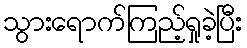
သွားရောက်ကြည့်ရှုခဲ့ပြီး